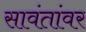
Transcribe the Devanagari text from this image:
सावंतांवर